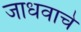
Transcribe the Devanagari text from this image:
जाधवाचे